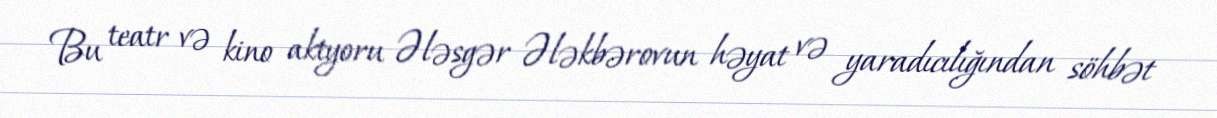
Bu teatr və kino aktyoru Ələsgər Ələkbərovun həyat və yaradıcılığından söhbət